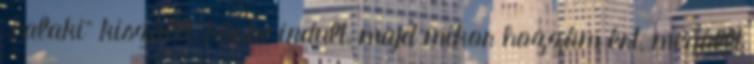
„valaki” kiszállt, körbe indult, majd mi­kor hozzám ért, megállt